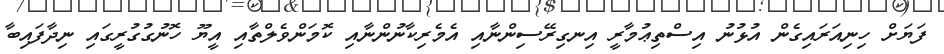
ފަޔަށް ހިނިއަރައިގެން އުޅުނު އިސްތިޢުމާރީ އިނގިރޭސިންނާއި އެމެރިކާނުންނާއި ކޮމަންވެލްތާއި އީޔޫ ހޮނުގުގުރީގައި ނިދާފައިބާ